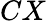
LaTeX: CX